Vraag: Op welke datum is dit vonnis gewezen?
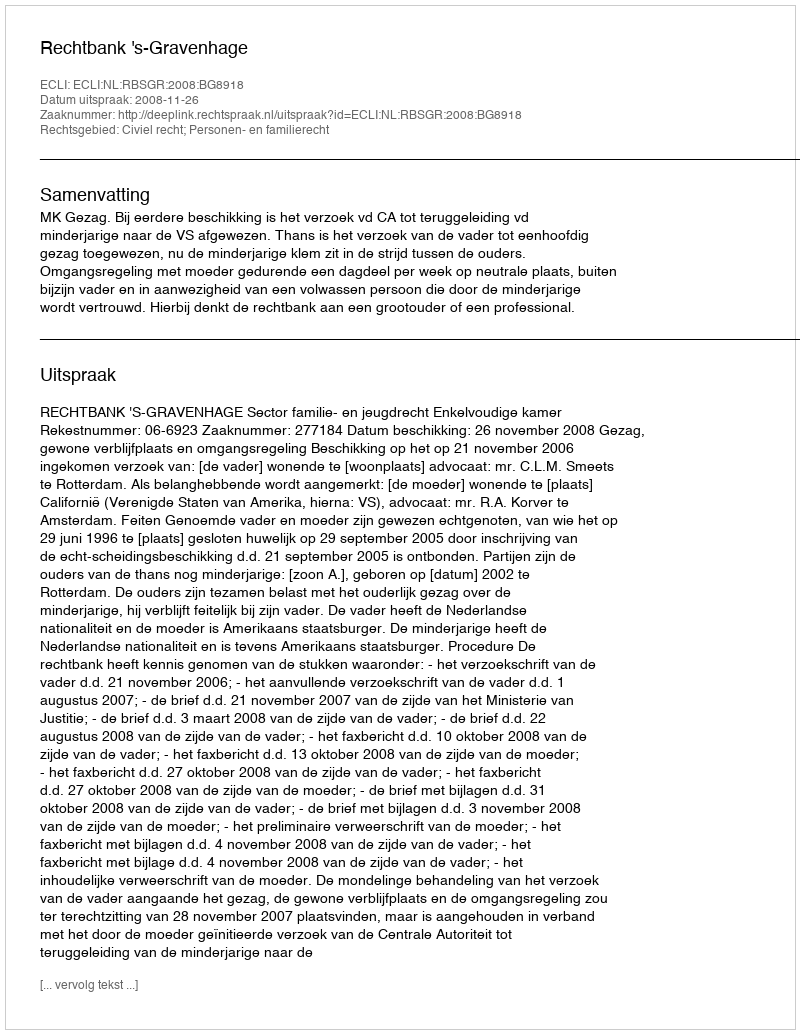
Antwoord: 2008-11-26